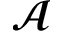
\mathbfcal { A }